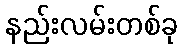
နည်းလမ်းတစ်ခု